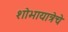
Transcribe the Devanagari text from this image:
शोभायात्रेचे